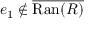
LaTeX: e _ { 1 } \not \in { \overline { { \mathrm { R a n } ( R ) } } }